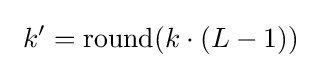
\ k^{\prime }=\operatorname {round} (k\cdot (L-1))